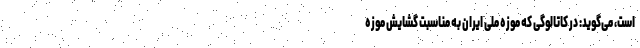
است، می‌گوید:‌ در کاتالوگی که موزه ملی ایران به مناسبت گشایش موزه